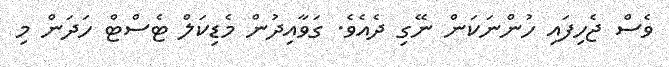
ވެސް ޖެހިފައި ހުންނަކަން ނޭގި ދެއެވެ. ގަވާއިދުން މެޑިކަލް ޓެސްޓް ހަދަން މި